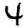
Digit: 4